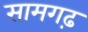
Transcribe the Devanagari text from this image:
सामगढ़